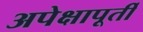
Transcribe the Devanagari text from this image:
अपेक्षापूर्ती